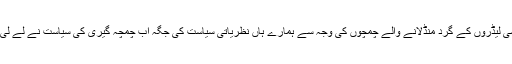
سیاسی لیڈروں کے گرد منڈلانے والے چمچوں کی وجہ سے ہمارے ہاں نظریاتی سیاست کی جگہ اب چمچہ گیری کی سیاست نے لے لی ہے۔